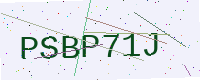
Text: PSBP71J